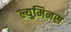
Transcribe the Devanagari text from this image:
ल्युमिनस